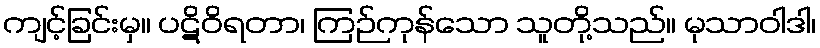
ကျင့်ခြင်းမှ။ ပဋိဝိရတာ၊ ကြဉ်ကုန်သော သူတို့သည်။ မုသာဝါဒါ၊